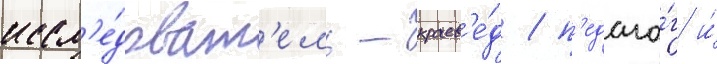
иссл'е́доват'ель-краев'е́д / п'едаго́г и́